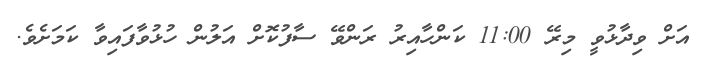
އަށް ވިދާޅުވީ މިރޭ 11:00 ކަންހާއިރު ރަންވޭ ސާފުކޮށް އަލުން ހުޅުވާފައިވާ ކަމަށެވެ.